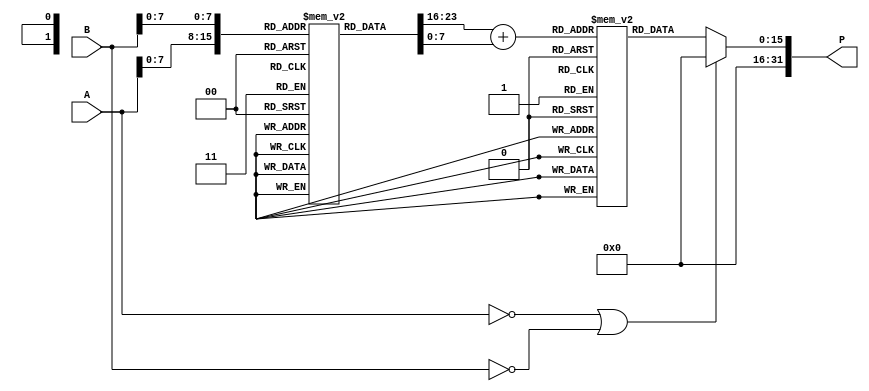
module LogarithmicMultiplier (
    input wire [15:0] A, // Input A (fixed-point representation)
    input wire [15:0] B, // Input B (fixed-point representation)
    output reg [31:0] P  // Output product (fixed-point representation)
);

    // Logarithm LUT (example values, should be filled with actual logarithmic values)
    reg [15:0] log_lut [0:255]; // LUT for log values (for inputs 0 to 255)
    initial begin
        // Fill the LUT with log values (base 2 for example)
        // log_lut[i] = log2(i) * scale_factor; // scale_factor to fit in 16 bits
        // Example initialization (this should be replaced with actual log values)
        log_lut[0] = 16'hFFFF; // log(0) is undefined, handle separately
        log_lut[1] = 16'h0000; // log(1) = 0
        // Fill in other values...
        // log_lut[2] = log2(2) * scale_factor;
        // ...
    end

    // Exponential LUT (example values, should be filled with actual exponential values)
    reg [15:0] exp_lut [0:255]; // LUT for exp values (for inputs 0 to 255)
    initial begin
        // Fill the LUT with exp values
        // exp_lut[i] = exp(i / scale_factor); // scale_factor to fit in 16 bits
        exp_lut[0] = 16'h0001; // exp(0) = 1
        // Fill in other values...
        // exp_lut[1] = exp(1 / scale_factor);
        // ...
    end

    // Internal signals
    reg [15:0] logA, logB;
    reg [15:0] logSum;

    always @(*) begin
        // Handle edge cases for logarithm
        if (A == 0 || B == 0) begin
            P = 32'h0000; // Product is zero if any input is zero
        end else begin
            // Convert A and B to logarithmic values using LUT
            logA = log_lut[A[7:0]]; // Assuming A is in the range of 0-255
            logB = log_lut[B[7:0]]; // Assuming B is in the range of 0-255

            // Add logarithmic values
            logSum = logA + logB;

            // Convert back to linear form using exponential LUT
            P = exp_lut[logSum[7:0]]; // Assuming logSum is in the range of 0-255
        end
    end

endmodule